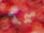
سمة